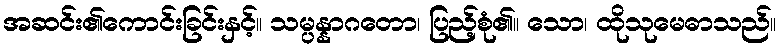
အဆင်း၏ကောင်းခြင်းနှင့်။ သမ္ပန္နာဂတော၊ ပြည့်စုံ၏။ သော၊ ထိုသုမေဓာသည်။